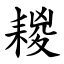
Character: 䎫